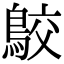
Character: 𪁉